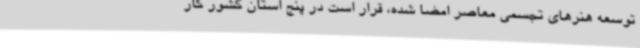
توسعه هنرهای تجسمی معاصر امضا شده، قرار است در پنج استان کشور کار